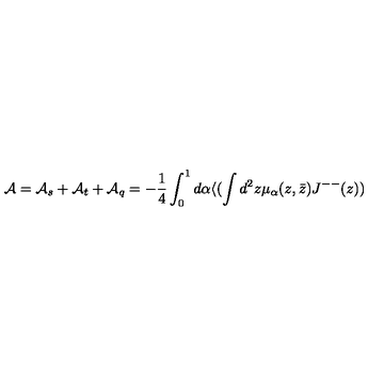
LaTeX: { \cal A } = { \cal A } _ { s } + { \cal A } _ { t } + { \cal A } _ { q } = - \frac { 1 } { 4 } \int _ { 0 } ^ { 1 } d \alpha \langle ( \int d ^ { 2 } z \mu _ { \alpha } ( z , \bar { z } ) J ^ { -- } ( z ) )